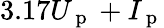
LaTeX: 3.17U_{\mathrm{~p~}}+I_{\mathrm{~p~}}